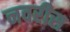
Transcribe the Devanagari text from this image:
नवरीस